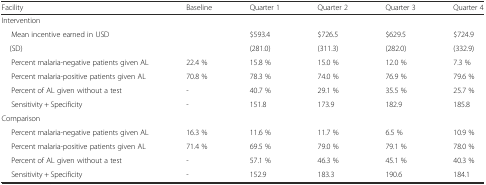
| Facility | Baseline | Quarter 1 | Quarter 2 | Quarter 3 | Quarter 4 |
 | --- | --- | --- | --- | --- | --- |
 | <COLSPAN=6> Intervention |
 | Mean incentive earned in USD |  | $593.4 | $726.5 | $629.5 | $724.9 |
 | (SD) |  | (281.0) | (311.3) | (282.0) | (332.9) |
 | Percent malaria-negative patients given AL | 22.4 % | 15.8 % | 15.0 % | 12.0 % | 7.3 % |
 | Percent malaria-positive patients given AL | 70.8 % | 78.3 % | 74.0 % | 76.9 % | 79.6 % |
 | Percent of AL given without a test | - | 40.7 % | 29.1 % | 35.5 % | 25.7 % |
 | Sensitivity + Specificity | - | 151.8 | 173.9 | 182.9 | 185.8 |
 | <COLSPAN=6> Comparison |
 | Percent malaria-negative patients given AL | 16.3 % | 11.6 % | 11.7 % | 6.5 % | 10.9 % |
 | Percent malaria-positive patients given AL | 71.4 % | 69.5 % | 79.0 % | 79.1 % | 78.0 % |
 | Percent of AL given without a test | - | 57.1 % | 46.3 % | 45.1 % | 40.3 % |
 | Sensitivity + Specificity | - | 152.9 | 183.3 | 190.6 | 184.1 |